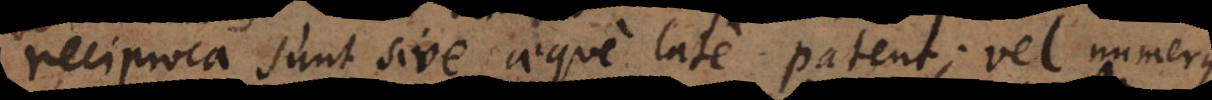
reciproca sunt sive aeque late patent; vel numerus